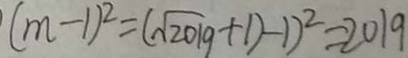
( m - 1 ) ^ { 2 } = ( \sqrt { 2 0 1 9 } + 1 ) - 1 ) ^ { 2 } = 2 0 1 9